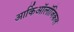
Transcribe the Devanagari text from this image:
आर्किऑलॉजिकल